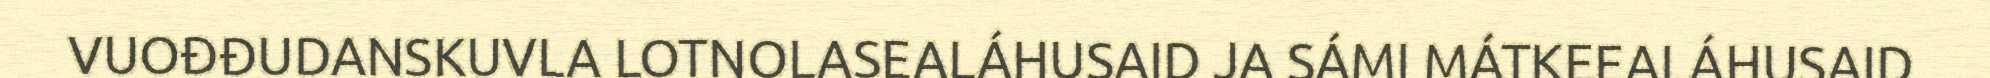
VUOĐĐUDANSKUVLA LOTNOLASEALÁHUSAID JA SÁMI MÁTKEEALÁHUSAID